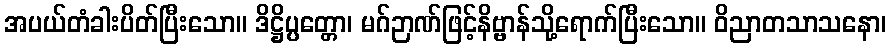
အပယ်တံခါးပိတ်ပြီးသော။ ဒိဋ္ဌိပ္ပတ္တော၊ မဂ်ဉာဏ်ဖြင့်နိဗ္ဗာန်သို့ရောက်ပြီးသော။ ဝိညာတသာသနော၊